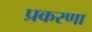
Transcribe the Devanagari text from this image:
प्रकरणा